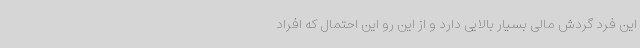
این فرد گردش مالی بسیار بالایی دارد و از این رو این احتمال که افراد